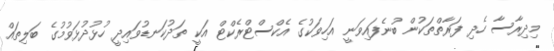
މިދިރާސާ ހެދި ފަރާތްތަކުން ބުނެފައިވަނީ އަހިވަކުގެ އެކްސްޓްރެކްޓް އަކީ ތަދުކަނޑުވައިދީ ހުޅުދުޅަވުމުގެ ބަލިތައް